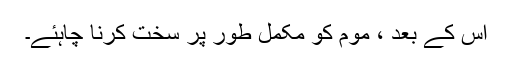
اس کے بعد ، موم کو مکمل طور پر سخت کرنا چاہئے۔